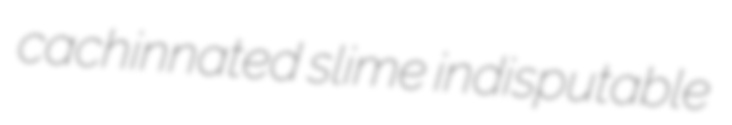
cachinnated slime indisputable